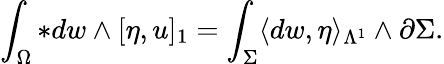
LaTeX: \int_{\Omega}\ast dw\wedge[\eta,u]_{1}=\int_{\Sigma}\langle dw,\eta\rangle_{\Lambda^{1}}\wedge\partial\Sigma.